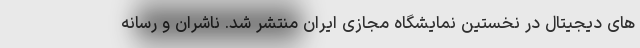
های دیجیتال در نخستین نمایشگاه مجازی ایران منتشر شد. ناشران و رسانه